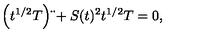
\left( t ^ { 1 / 2 } T \right) \ddot { } + S ( t ) ^ { 2 } t ^ { 1 / 2 } T = 0 ,